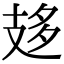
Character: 𢻈